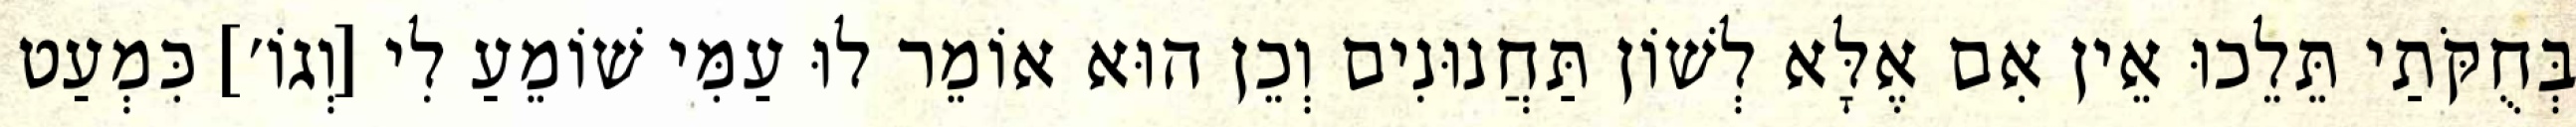
בְּחֻקֹּתַי תֵּלֵכוּ אֵין אִם אֶלָּא לְשׁוֹן תַּחֲנוּנִים וְכֵן הוּא אוֹמֵר לוּ עַמִּי שׁוֹמֵעַ לִי [וְגוֹ׳] כִּמְעַט